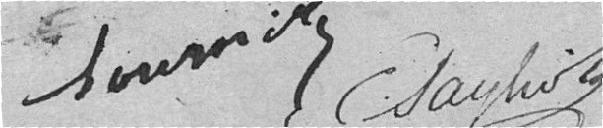
????????      ????????